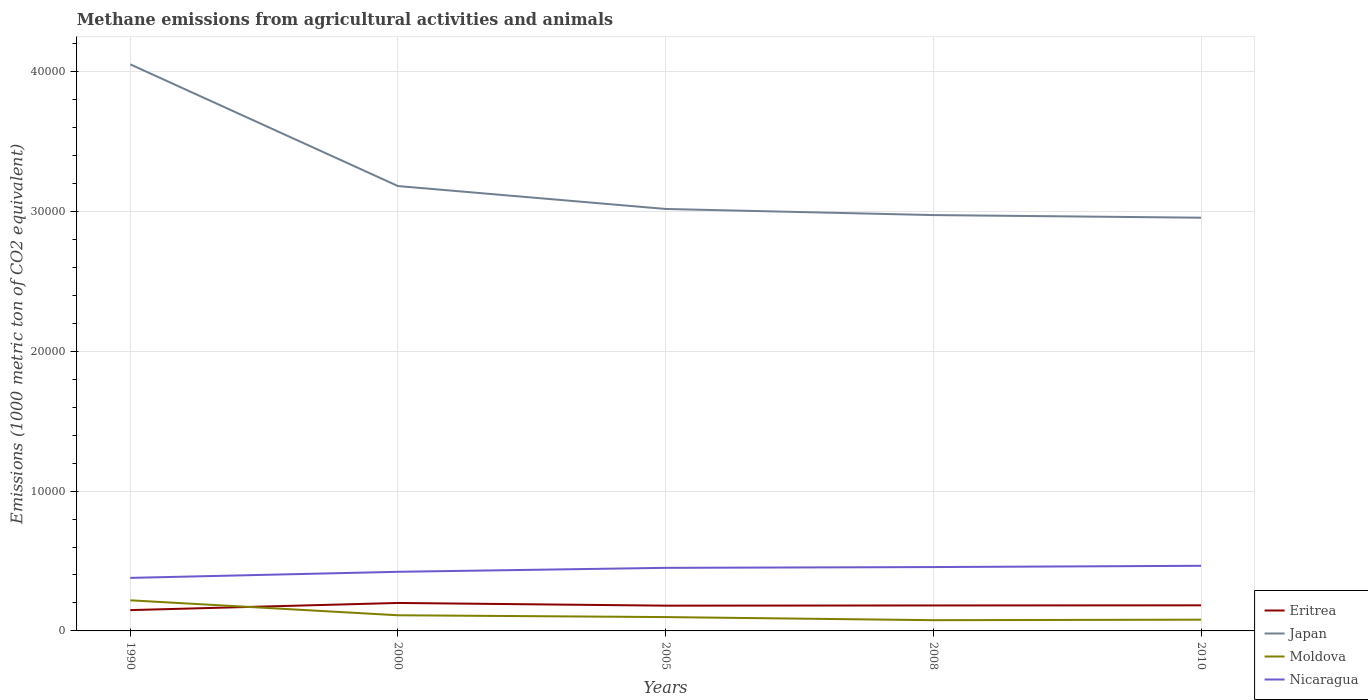
| Years | Eritrea | Japan | Moldova | Nicaragua |
 | --- | --- | --- | --- | --- |
 | 1990 | 1.49e+03 | 4.05e+04 | 2.19e+03 | 3.79e+03 |
 | 2000 | 2e+03 | 3.18e+04 | 1.12e+03 | 4.23e+03 |
 | 2005 | 1.81e+03 | 3.02e+04 | 990 | 4.51e+03 |
 | 2008 | 1.82e+03 | 2.97e+04 | 767 | 4.57e+03 |
 | 2010 | 1.83e+03 | 2.95e+04 | 804 | 4.66e+03 |